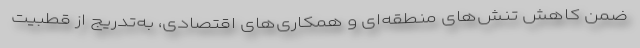
ضمن کاهش تنش‌های منطقه‌ای و همکاری‌های اقتصادی، به‌تدریج از قطبیت